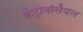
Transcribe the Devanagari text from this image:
कंट्रोवर्सियल